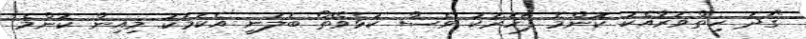
"ގަދަ ހިތްވަރާއެކު ކޮންމެ ފަހަރަކު ވެސް ކުޅެވޭތޯ ބަލަނީ އެކަމަކު މިއިން ކޮންމެ